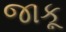
જાકૂ